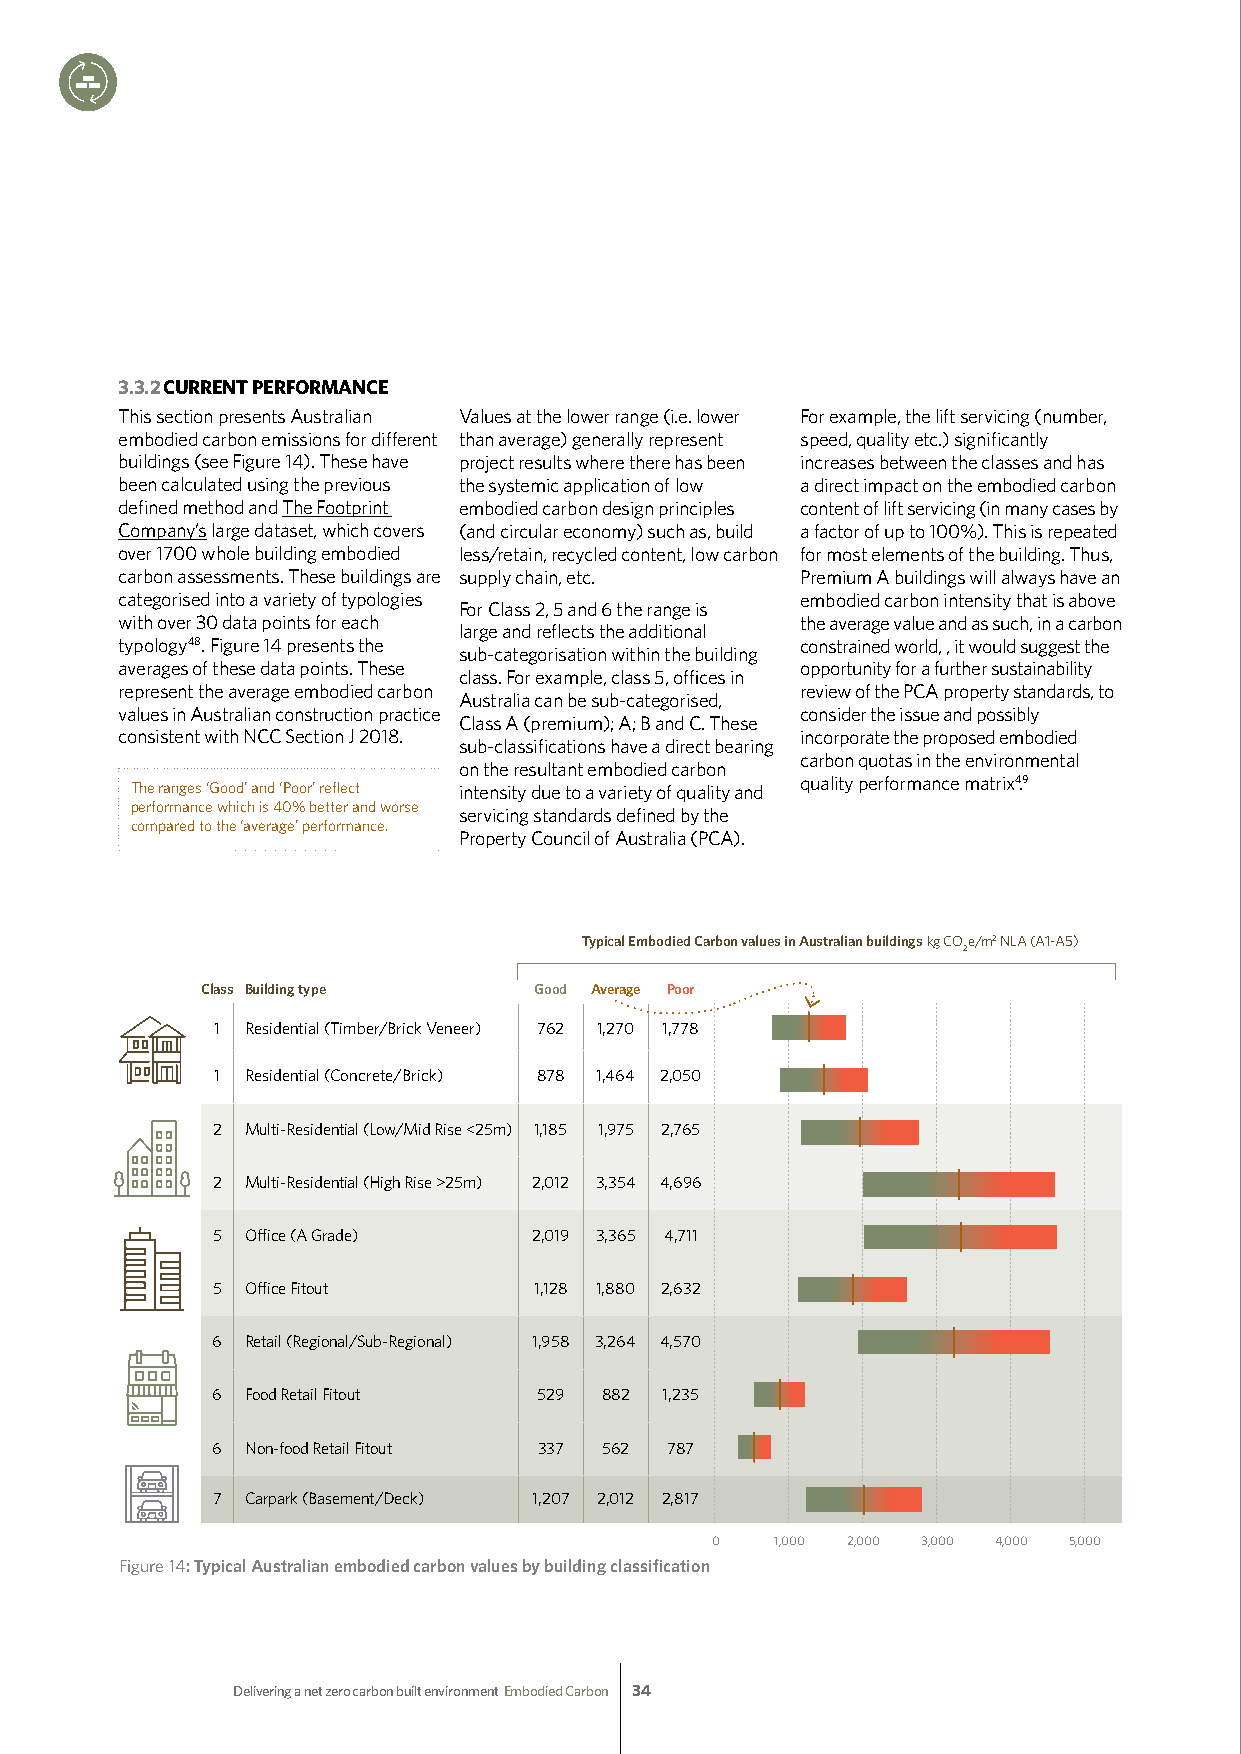
3.3.2 CURRENT PERFORMANCE
 This section presents Australian Values at the lower range (i.e. lower For example, the lift servicing (number,
 embodied carbon emissions for different than average) generally represent speed, quality etc.) significantly
 buildings (see Figure 14). These have project results where there has been increases between the classes and has
 been calculated using the previous the systemic application of low a direct impact on the embodied carbon
 defined method and The Footprint embodied carbon design principles content of lift servicing (in many cases by
 Company’s large dataset, which covers (and circular economy) such as, build a factor of up to 100%). This is repeated
 over 1700 whole building embodied less/retain, recycled content, low carbon for most elements of the building. Thus,
 carbon assessments. These buildings are supply chain, etc. Premium A buildings will always have an
 categorised into a variety of typologies     embodied carbon intensity that is above
 For Class 2, 5 and 6 the range is
 with over 30 data points for each            the average value and as such, in a carbon
 large and reflects the additional
 typology48.Figure 14 presents the            constrained world, , it would suggest the
 sub-categorisation within the building
 averages of these data points. These         opportunity for a further sustainability
 class. For example, class 5, offices in
 represent the average embodied carbon        review of the PCA property standards, to
 Australia can be sub-categorised,
 values in Australian construction practice   consider the issue and possibly
 Class A (premium); A; B and C. These
 consistent with NCC Section J 2018.          incorporate the proposed embodied
 sub-classifications have a direct bearing
 carbon quotas in the environmental
 on the resultant embodied carbon
 quality performance matrix4.9
 The ranges ‘Good’ and ‘Poor’ reflect intensity due to a variety of quality and
 performance which is 40% better and worse
 servicing standards defined by the
 compared to the ‘average’ performance.
 Property Council of Australia (PCA).
 Typical Embodied Carbon values in Australian buildings kg COe/m2 NLA (A1-A5)
 2
 Class Building type   Good Average Poor
 1 Residential (Timber/Brick Veneer) 762 1,270 1,778
 1 Residential (Concrete/Brick) 878 1,464 2,050
 2 Multi-Residential (Low/Mid Rise <25m) 1,185 1,975 2,765
 2 Multi-Residential (High Rise >25m) 2,012 3,354 4,696
 5 Office (A Grade)   2,019 3,365 4,711
 5 Office Fitout      1,128 1,880 2,632
 6 Retail (Regional/Sub-Regional) 1,958 3,264 4,570
 6 Food Retail Fitout  529 882 1,235
 6 Non-food Retail Fitout 337 562 787
 7 Carpark (Basement/Deck) 1,207 2,012 2,817
 0   1,000 2,000 3,000 4,000 5,000
 Figure 14: Typical Australian embodied carbon values by building classification
 Delivering a net zero carbon built environment Embodied Carbon 34